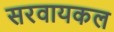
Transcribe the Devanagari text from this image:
सरवायकल